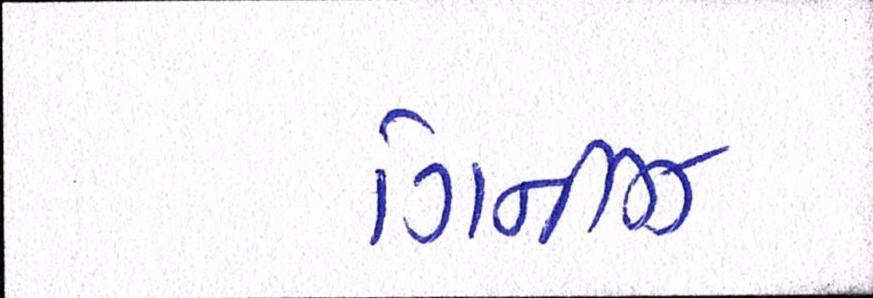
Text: ગિનીઝ